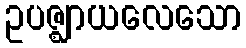
ဥပဇ္ဈာယလေသော